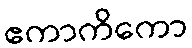
ဧကာကိကော